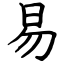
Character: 易